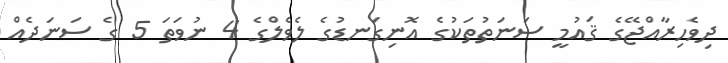
ދިވެހިރާއްޖޭގެ ޤައުމީ ސަނަތުތަކުގެ އޮނިގަނޑުގެ ލެވެލްގެ 4 ނުވަތަ 5 ގެ ސަނަދެއް